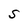
Character: s